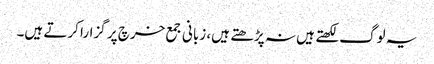
یہ لوگ لکھتے ہیں نہ پڑھتے ہیں، زبانی جمع خرچ پر گزارا کرتے ہیں۔